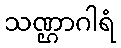
သဏ္ဌာဂါရံ